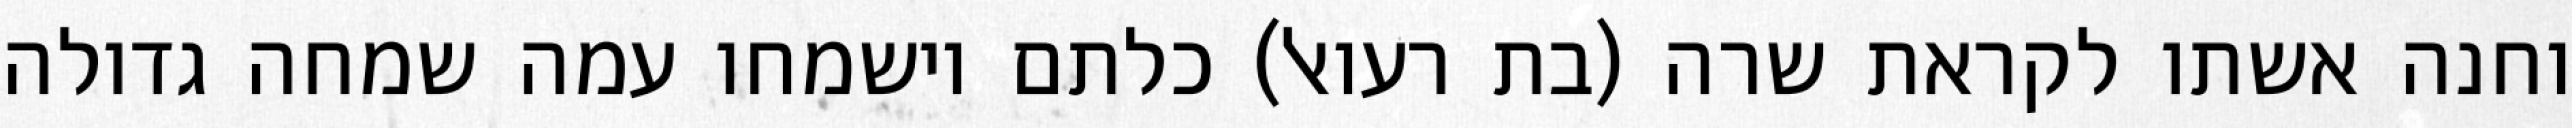
וחנה אשתו לקראת שרה (בת רעואל) כלתם וישמחו עמה שמחה גדולה